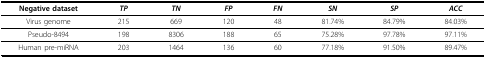
| Negative dataset | TP | TN | FP | FN | SN | SP | ACC |
 | --- | --- | --- | --- | --- | --- | --- | --- |
 | Virus genome | 215 | 669 | 120 | 48 | 81.74% | 84.79% | 84.03% |
 | Pseudo-8494 | 198 | 8306 | 188 | 65 | 75.28% | 97.78% | 97.11% |
 | Human pre-miRNA | 203 | 1464 | 136 | 60 | 77.18% | 91.50% | 89.47% |